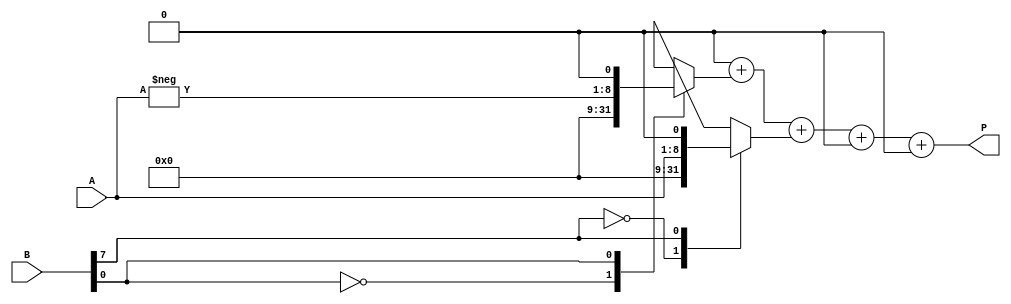
module radix4_multiplier (
    input signed [n-1:0] A,    // Multiplicand
    input signed [n-1:0] B,    // Multiplier
    output reg signed [2*n-1:0] P // Product
);
    parameter n = 8; // Bit-width of inputs

    reg [n-1:0] multiplicand;
    reg [n-1:0] multiplier;
    reg [2*n-1:0] partial_product [0:3]; // Partial products
    reg [2*n-1:0] sum; // Accumulator
    reg [n+1:0] Booth_reg; // Booth's register

    integer i;

    // Booth's encoding and partial product generation
    always @(*) begin
        // Initialize
        P = 0;
        sum = 0;
        Booth_reg = {1'b0, B, 1'b0}; // Extend B with a zero for encoding

        for (i = 0; i < n; i = i + 2) begin
            case (Booth_reg[i+1:i])
                2'b00: partial_product[i/2] = 0; // No operation
                2'b01: partial_product[i/2] = {A, 1'b0}; // A
                2'b10: partial_product[i/2] = {-A, 1'b0}; // -A
                2'b11: partial_product[i/2] = {A << 1, 1'b0}; // 2A
            endcase

            // Shift the Booth register for the next iteration
            Booth_reg = {Booth_reg[n+1], Booth_reg[n+1:n], Booth_reg[n-1:n-2]};
        end

        // Accumulate the partial products
        for (i = 0; i < (n/2); i = i + 1) begin
            sum = sum + partial_product[i];
        end

        P = sum; // Final product
    end
endmodule